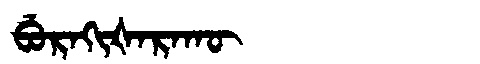
Manchu: ᠪᡠᡵᠠᡴᡳᡧᠠᡵᠠᡴᡡ
Romanization: BURAKIŠARAKŪ